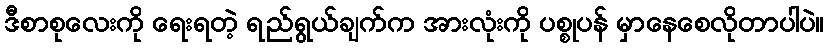
ဒီစာစုလေးကို ရေးရတဲ့ ရည်ရွယ်ချက်က အားလုံးကို ပစ္စုပန် မှာနေစေလိုတာပါပဲ။